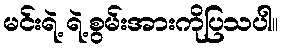
မင်းရဲ့ ရဲ့စွမ်းအားကိုပြသပါ။